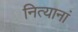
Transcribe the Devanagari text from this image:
नित्यानां